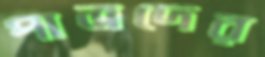
পাত্রদের